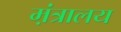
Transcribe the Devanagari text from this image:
म़ंत्रालय